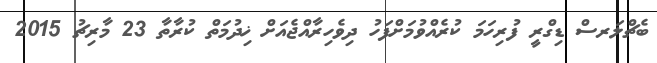
ބެޗްލަރސް ޑިގްރީ ފުރިހަމަ ކުރެއްވުމަށްފަހު ދިވެހިރާއްޖެއަށް ޚިދުމަތް ކުރާތާ 23 މާރިޗު 2015